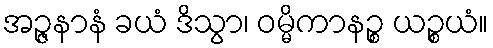
အဉ္ဇနာနံ ခယံ ဒိသွာ၊ ဝမ္မိကာနဉ္စ ယဉ္စယံ။